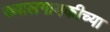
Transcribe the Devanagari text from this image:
ख्यालगायकीच्या